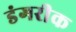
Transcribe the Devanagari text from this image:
डंगरीक